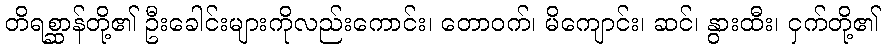
တိရစ္ဆာန်တို့၏ ဦးခေါင်းများကိုလည်းကောင်း၊ တောဝက်၊ မိကျောင်း၊ ဆင်၊ နွားထီး၊ ငှက်တို့၏